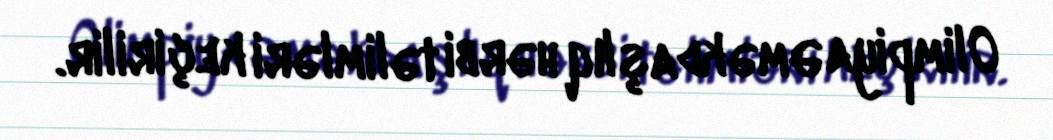
Olimpiya Əməkdaşlıq hərbi təlimləri keçirilir.